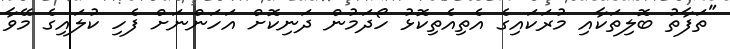
"ތަފާތު ބޮލިތަކާއި މުރަކައިގެ އެތިއެތިކޮޅު ހޯދަމުން ދަނިކޮށް އަހަންނަށް ފެހި ކުލައިގެ މޭވާ